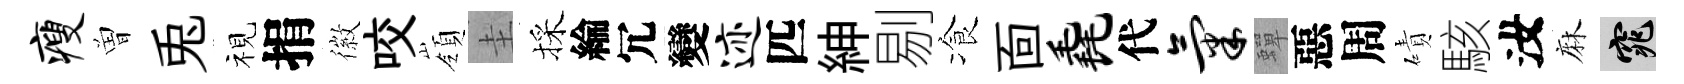
瘦曽兎视捐徽咬嶺圭採綸冗變迹匹紳剔飡靣毳代气蟬惡周磧駭汝麻窕